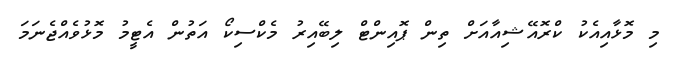
މި މޮޅާއިއެކު ކްރޮއޭޝިއާއަށް ތިން ޕޮއިންޓް ލިބޭއިރު މެކްސިކޯ އަތުން އެޓީމު މޮޅުވެއްޖެނަމަ